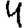
Digit: 4